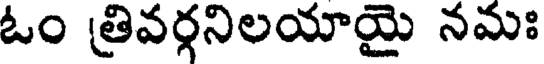
ఓం త్రివర్గనిలయాయై నమః